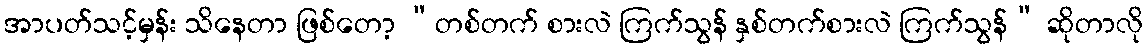
အာပတ်သင့်မှန်း သိနေတာ ဖြစ်တော့ “တစ်တက် စားလဲ ကြက်သွန် နှစ်တက်စားလဲ ကြက်သွန်” ဆိုတာလို